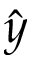
\hat { y }